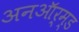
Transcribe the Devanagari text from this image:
अनऑर्म्ड